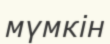
мүмкін